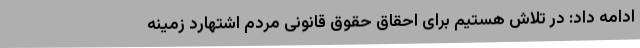
ادامه داد: در تلاش هستیم برای احقاق حقوق قانونی مردم اشتهارد زمینه